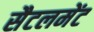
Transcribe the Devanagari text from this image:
सैटलमेंट